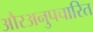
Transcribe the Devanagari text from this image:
औरअनुपचारित